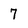
Character: 7